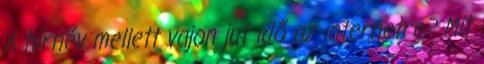
A hírnév mellett vajon jut idő az internetre? Mit